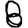
Digit: 8